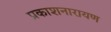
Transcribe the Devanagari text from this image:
प्रकाशनारायण